Code of medical and sanitary regulations for the guidance of medical officers serving in the Madras Presidency - Volume II
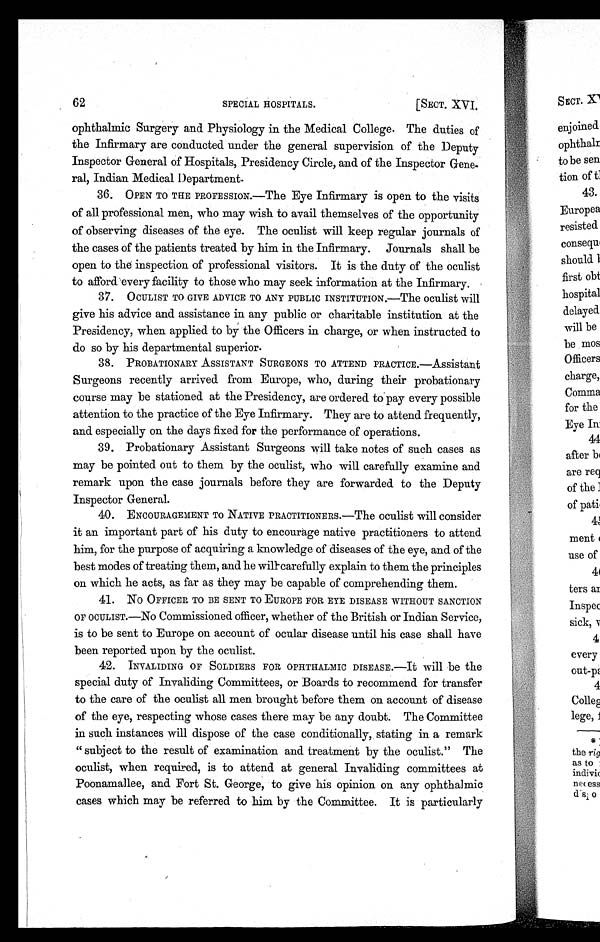
[SECT
' 4
IAL HOSPITALS.
. XVI.
N ,,
Cw: `',
ophthalmic Surgery and Physiology in the Medical College. The duties of
"' ,
, • .
't P
A
the Infirmary are conducted under the general supervision of the Deputy
'
Inspector General of Hospitals, Presidency Circle, and of the Inspector Gene-
,e4':. ;,,,..4,
ral, Indian Medical Department.
V L' .4
:5§'
36. OPEN TO THE PROFESSION.—The Eye Infirmary is open to the visits
.,::
4' A`•
4 ,
of all professional men, who may wish to avail themselves of the opportunity
,,-
,, ,
of observing diseases of the eye. The oculist will keep regular journals of
, r , ' t
the cases of the patients treated by him in the Infirmary. Journals shall be
, ,
1 4: 41:. ' , ; 141
open to the inspection of professional visitors. It is the duty of the oculist
to afford every facility to those who may seek information at the Infirmary.
37. OCULIST TO GIVE ADVICE TO ANY PUBLIC INSTITUTION.—The oculist will
give his advice and assistance in any public or charitable institution at the
.
Presidency, when applied to by the Officers in charge, or when instructed to
do so by his departmental superior.
J ,;
, ke
38. PROBATIONARY ASSISTANT SURGEONS TO ATTEND PRACTICE.—Assistant
Surgeons recently arrived from Europe, who, during their probationary
4-W
N
course may be stationed at the Presidency, are ordered to-pay every possible
4 '
attention to the practice of the Eye Infirmary They are to attend frequently,
1
and especially on the days fixed for the performance of operations.
39. Probationary Assistant Surgeons will take notes of such cases as 4
may be pointed out to them by the oculist, who will carefully examine and
remark upon the case journals before they are forwarded to the Deputy, 4
Inspector General.
40. ENCOURAGEMENT To NATIVE PRACTITIONERS.—The oculist will consider
41
0
it an important part of his duty to encourage native practitioners to attend
4
him, for the purpose of acquiring a knowledge of diseases of the eye, and of the
best modes of treating them, and he will-carefully explain to them the principles
' *
on which he acts, as far as they may be capable of comprehending them.
ir
41. NO OFFICER TO BE SENT TO EUROPE FOR EYE DISEASE WITHOUT SANCTION
OF OCULIST.—No Commissioned officer, whether of the British or Indian Service,
VA
is to be sent to Europe on account of ocular disease until his case shall have
been reported upon by the oculist.
42. INVALIDING OF SOLDIERS FOR OPHTHALMIC DISEASE.—It will be the
special duty of Invaliding Committees, or Boards to recommend for transfer
to the care of the oculist all men brought before them on account of disease
41,V
of the eye, respecting whose cases there may be any doubt. The Committee
M
in such instances will dispose of the case conditionally, stating in a remark
" subject to the result of examination and treatment by the oculist." The
6e
oculisthen equire, is to attend at general nvaliding committees t
r
Poonamallee, and Fort St. George, to give his opinion on any ophthalmic
cases which may be referred to him by the Committee. It is particularly